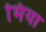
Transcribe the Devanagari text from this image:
भिया